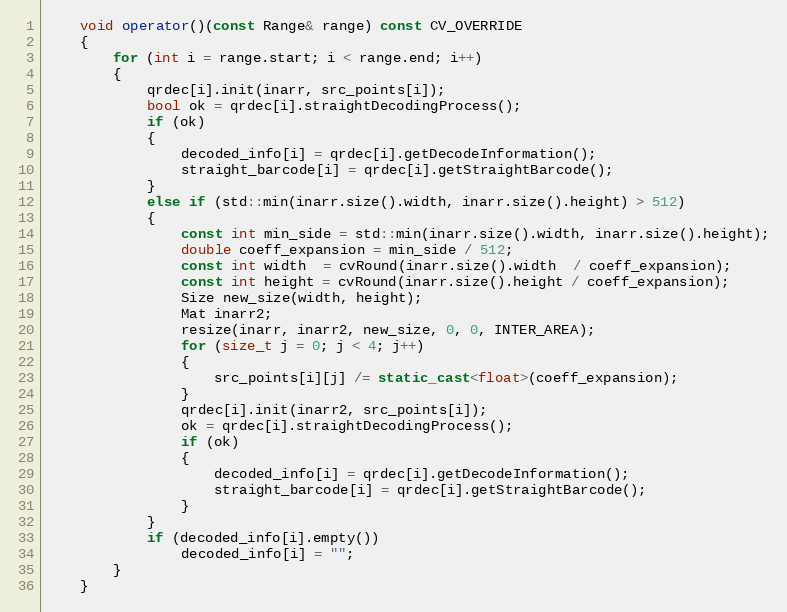
Language: C++
    void operator()(const Range& range) const CV_OVERRIDE
    {
        for (int i = range.start; i < range.end; i++)
        {
            qrdec[i].init(inarr, src_points[i]);
            bool ok = qrdec[i].straightDecodingProcess();
            if (ok)
            {
                decoded_info[i] = qrdec[i].getDecodeInformation();
                straight_barcode[i] = qrdec[i].getStraightBarcode();
            }
            else if (std::min(inarr.size().width, inarr.size().height) > 512)
            {
                const int min_side = std::min(inarr.size().width, inarr.size().height);
                double coeff_expansion = min_side / 512;
                const int width  = cvRound(inarr.size().width  / coeff_expansion);
                const int height = cvRound(inarr.size().height / coeff_expansion);
                Size new_size(width, height);
                Mat inarr2;
                resize(inarr, inarr2, new_size, 0, 0, INTER_AREA);
                for (size_t j = 0; j < 4; j++)
                {
                    src_points[i][j] /= static_cast<float>(coeff_expansion);
                }
                qrdec[i].init(inarr2, src_points[i]);
                ok = qrdec[i].straightDecodingProcess();
                if (ok)
                {
                    decoded_info[i] = qrdec[i].getDecodeInformation();
                    straight_barcode[i] = qrdec[i].getStraightBarcode();
                }
            }
            if (decoded_info[i].empty())
                decoded_info[i] = "";
        }
    }